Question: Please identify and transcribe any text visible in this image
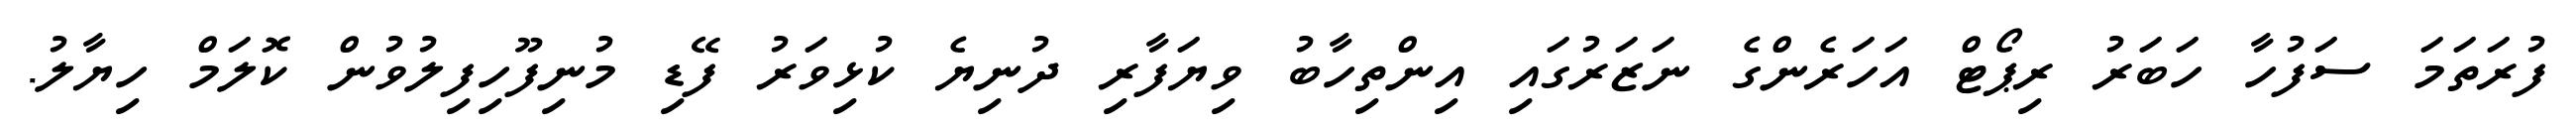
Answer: ފުރަތަމަ ސަފުހާ ހަބަރު ރިޕޯޓް އަހަރެންގެ ނަޒަރުގައި އިންތިހާބު ވިޔަފާރި ދުނިޔެ ކުޅިވަރު ފޭޑި މުނިފޫހިފިލުވުން ކޮލަމް ހިޔާލު.